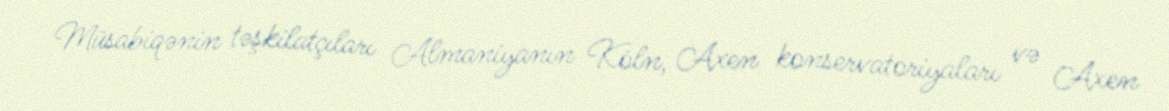
Müsabiqənin təşkilatçıları Almaniyanın Köln, Axen konservatoriyaları və Axen